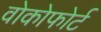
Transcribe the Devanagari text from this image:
वोकोफोर्ट